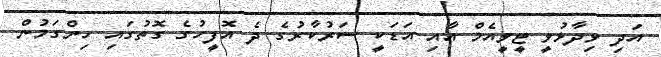
އަދި ވިދާޅުވީ ޓީވީއެމް އާއި އަޑަކީ ސަރުކާރުގެ ދެ އޮފީހުގެ ގޮތުގައި ހިންގަމުން